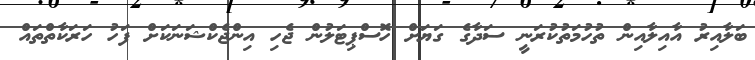
ބަލާއިރު އާއިލާއިން ތުހުމަތުކުރަނީ ސަދާގެ ގަޔަށް ހޮސްޕިޓަލުން ޖެހި އިންޖެކްޝަނަކަށް ފަހު ހަރަކާތްތައް